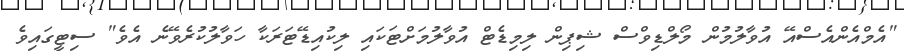
"އެމްއެންއެސްއޭ އުވާލުމުން މޯލްޑިވްސް ޝިޕިން ލިމިޑެޓް އުވާލުމަށްޓަކައި ލިކުއިޑޭޓަރަކާ ހަވާލުކުރެވޭނެ އެވެ" ސިޓީގައިވެ